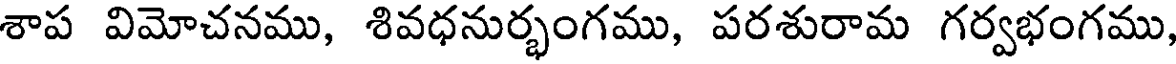
శాప విమోచనము, శివధనుర్భంగము, పరశురామ గర్వభంగము,